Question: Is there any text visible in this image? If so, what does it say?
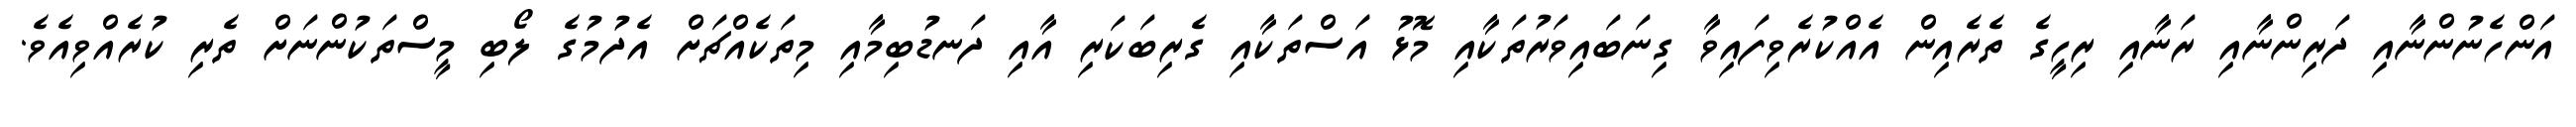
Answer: އަންހެނުންނާއި ދަރިންނާއި ރަނާއި ރިހީގެ ތެރެއިން އެއްކުރެވިފައިވާ ގިނަބައިވަރުތަކާއި މޮޅު އަސްތަކާއި ގެރިބަކަރި އާއި ދަނޑުބިމާއި މިތަކެއްޗަށް އެދުމުގެ ލޯބި މީސްތަކުންނަށް ތެރި ކުރެއްވިއެވެ.